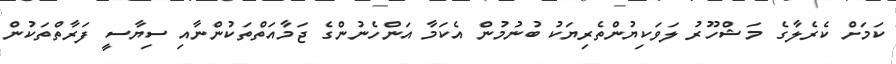
ކަމަށް ކެރެލާގެ މަޝްހޫރު ލަވަކިޔުންތެރިޔަކު ބުނުމުން އެކަމާ އަންހެނުންގެ ޖަމާއަތްތަކުންނާއި ސިޔާސީ ފަރާތްތަކުން